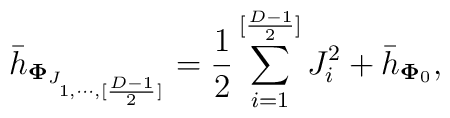
{\bar h}_{{\bf \Phi}_{J_{1,\cdots,[{{D-1}\over 2}]}}} = {1\over {2}} \sum_{i=1}^{[{{D-1}\over 2}]}J_i^2 + {\bar h}_{{\bf \Phi}_0},